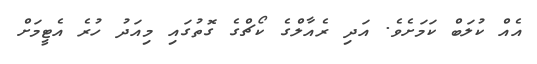
އެއް ކުލަބް ކަމަށެވެ. އަދި ރެއާލްގެ ކޯޗްގެ ގޮތުގައި މިއަދު ހުރެ އެޓީމަށް